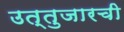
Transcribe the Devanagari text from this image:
उत्तुजारची